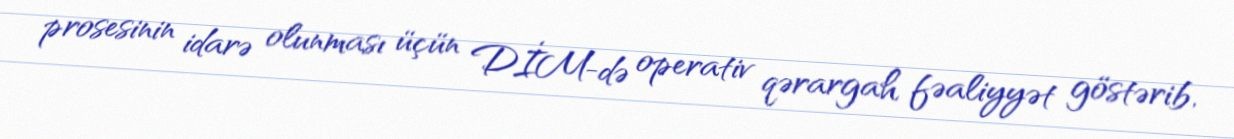
prosesinin idarə olunması üçün DİM-də operativ qərargah fəaliyyət göstərib,